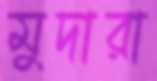
মুদারা